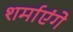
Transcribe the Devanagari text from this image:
शर्माएंगे